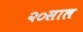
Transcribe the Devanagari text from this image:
२०साल